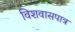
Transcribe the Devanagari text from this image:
विशवासपात्र